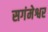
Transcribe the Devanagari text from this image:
सगंमेश्वर